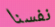
نفسنا